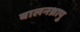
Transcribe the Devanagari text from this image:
बालनथ्रापु